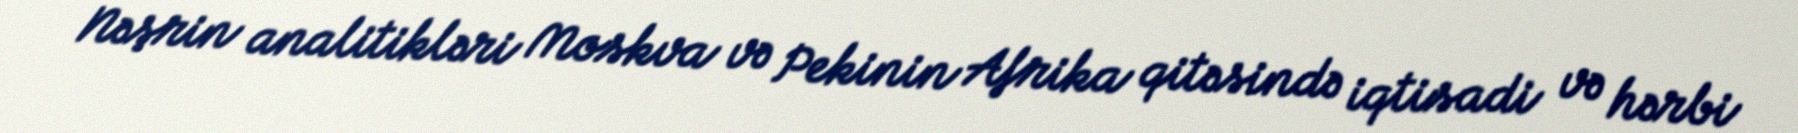
Nəşrin analitikləri Moskva və Pekinin Afrika qitəsində iqtisadi və hərbi